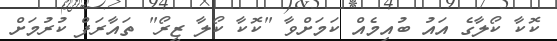
ކޮކާ ކޯލާގެ އައު ބުއިމެއް ކަމަށްވާ "ކޮކާ ކޯލާ ޒީރޯ" ތައާރަފް ކުރުމަށް